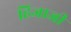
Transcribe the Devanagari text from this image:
हिजाजी